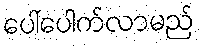
ပေါ်ပေါက်လာမည်